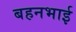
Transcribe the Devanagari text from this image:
बहनभाई